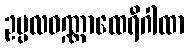
ဥပ္ပလဝဏ္ဏာထေရီဂါထာ